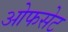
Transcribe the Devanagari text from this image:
ओफसेट